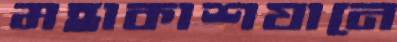
মহাকাশযানে